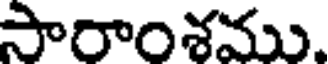
సారాంశము.